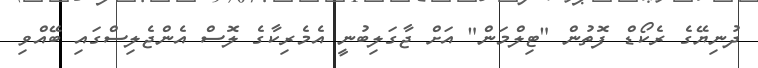
ދުނިޔޭގެ ރެކޯޑް ފޮތުން "ޓިލްމަން" އަށް ޖާގަލިބުނީ އެމެރިކާގެ ލޮސް އެންޖެލިސްގައި ބޭއްވި